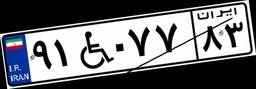
۹۱W۰۷۷۸۳